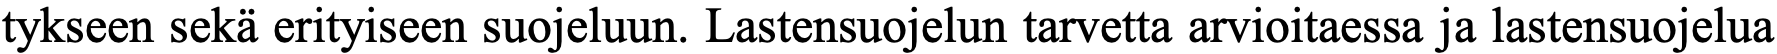
tykseen sekä erityiseen suojeluun. Lastensuojelun tarvetta arvioitaessa ja lastensuojelua